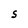
Character: S